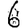
Digit: 6